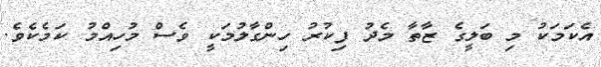
އެކަމަކު މި ބަލީގެ ޒާތާ މެދު ފިކުރު ހިންގާލުމަކީ ވެސް މުހިއްމު ކަމެކެވެ.